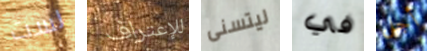
لست للإعتراف ليتسنى في أجل